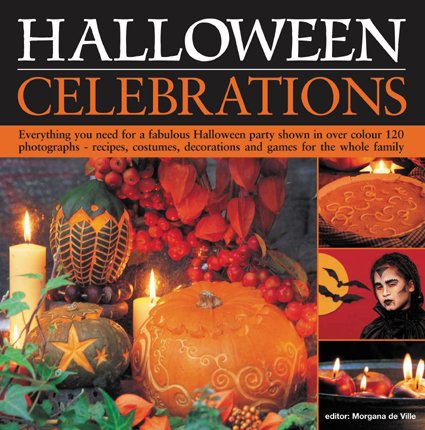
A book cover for Halloween Celebrations: Everything you need for a fabulous Halloween party shown in 120 photographs--recipes, costumes, decorations and games for the whole family; De Morgana Ville; Cookbooks, Food & Wine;